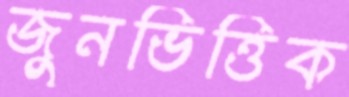
জুনভিত্তিক